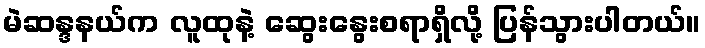
မဲဆန္ဒနယ်က လူထုနဲ့ ဆွေးနွေးစရာရှိလို့ ပြန်သွားပါတယ်။